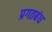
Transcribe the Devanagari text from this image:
प्रगतबंध